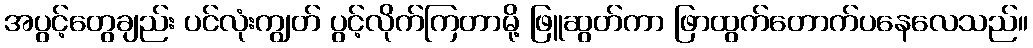
အပွင့်တွေချည်း ပင်လုံးကျွတ် ပွင့်လိုက်ကြတာမို့ ဖြူဆွတ်ကာ ဖြာထွက်တောက်ပနေလေသည်။